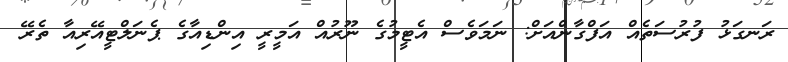
ރަނގަޅު ފުރުސަތެއް އަފްގާންއަށް: ނަމަވެސް އެޓީމުގެ ނޫރުއް އަމީރީ އިންޑިއާގެ ޕެނަލްޓީއޭރިއާ ތެރޭ